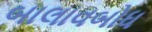
બાલાવબોધ